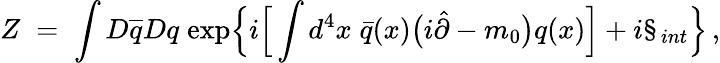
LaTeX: Z\; =\; \int D\overline{{{q}}}Dq\; \mathrm{exp}\Big\{ i\Big[\int d^{4}x\; \bar{q}(x)\big(i\hat{\partial}-m_{0}\big)q(x)\Big]+i{\S}_{int}\Big\} \, ,